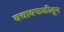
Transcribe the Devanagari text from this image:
बचावफळीतून